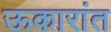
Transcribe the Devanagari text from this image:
ऊकारांत